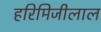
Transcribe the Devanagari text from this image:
हरिमिजीलाल